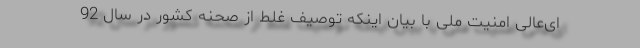
ای‌عالی امنیت ملّی با بیان اینکه توصیف غلط از صحنه کشور در سال 92